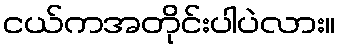
ငယ်ကအတိုင်းပါပဲလား။